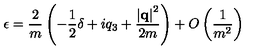
\epsilon = \frac { 2 } { m } \left( - \frac { 1 } { 2 } \delta + i q _ { 3 } + \frac { \left| { \bf q } \right| ^ { 2 } } { 2 m } \right) + O \left( \frac { 1 } { m ^ { 2 } } \right)